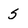
Character: 5